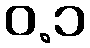
ဝ.၁